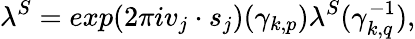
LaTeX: \lambda^{S}=exp(2\pi iv_{j}\cdot s_{j})({\gamma}_{k,p})\lambda^{S}({\gamma}_{k,q}^{-1}),